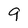
Character: 9